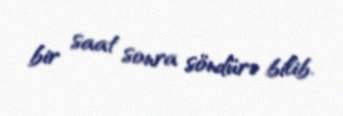
bir saat sonra söndürə bilib.